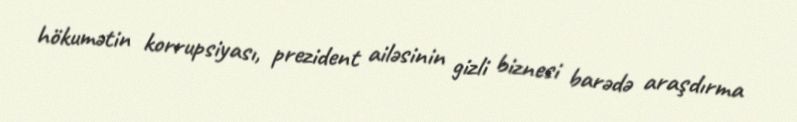
hökumətin korrupsiyası, prezident ailəsinin gizli biznesi barədə araşdırma